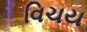
વિચય